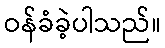
ဝန်ခံခဲ့ပါသည်။